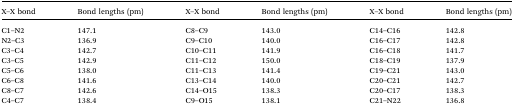
<table><thead><tr><td><b>X–X bond</b></td><td><b>Bond lengths (pm)</b></td><td><b>X–X bond</b></td><td><b>Bond lengths (pm)</b></td><td><b>X–X bond</b></td><td><b>Bond lengths (pm)</b></td></tr></thead><tbody><tr><td>C1–N2</td><td>147.1</td><td>C8–C9</td><td>143.0</td><td>C14–C16</td><td>142.8</td></tr><tr><td>N2–C3</td><td>136.9</td><td>C9–C10</td><td>140.0</td><td>C16–C17</td><td>142.8</td></tr><tr><td>C3–C4</td><td>142.7</td><td>C10–C11</td><td>141.9</td><td>C16–C18</td><td>141.7</td></tr><tr><td>C3–C5</td><td>142.9</td><td>C11–C12</td><td>150.0</td><td>C18–C19</td><td>137.9</td></tr><tr><td>C5–C6</td><td>138.0</td><td>C11–C13</td><td>141.4</td><td>C19–C21</td><td>143.0</td></tr><tr><td>C6–C8</td><td>141.6</td><td>C13–C14</td><td>140.0</td><td>C20–C21</td><td>142.7</td></tr><tr><td>C8–C7</td><td>142.6</td><td>C14–O15</td><td>138.3</td><td>C20–C17</td><td>138.3</td></tr><tr><td>C4–C7</td><td>138.4</td><td>C9–O15</td><td>138.1</td><td>C21–N22</td><td>136.8</td></tr></tbody></table>